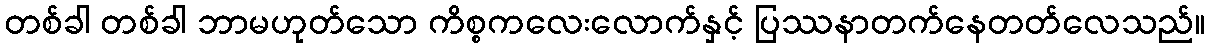
တစ်ခါ တစ်ခါ ဘာမဟုတ်သော ကိစ္စကလေးလောက်နှင့် ပြဿနာတက်နေတတ်လေသည်။